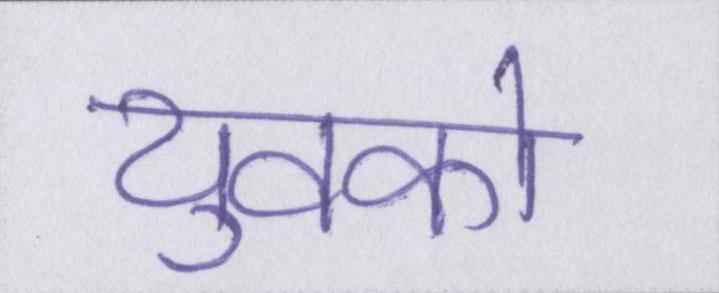
युवको